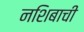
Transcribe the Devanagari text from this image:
नशिबाची